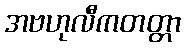
အဗဟုလီကတတ္တာ